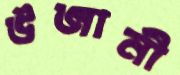
উজানী